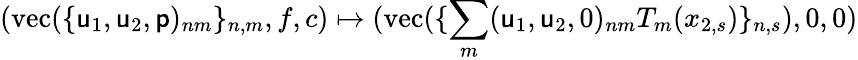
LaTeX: (\mathrm{vec}(\{ \mathsf{u}_{1},\mathsf{u}_{2},\mathsf{p})_{nm}\} _{n,m},f,c)\mapsto(\mathrm{vec}(\{ \sum_{m}(\mathsf{u}_{1},\mathsf{u}_{2},0)_{nm}T_{m}(x_{2,s})\} _{n,s}),0,0)